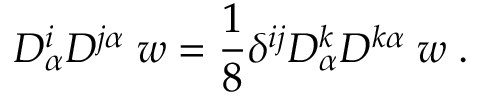
D _ { \alpha } ^ { i } D ^ { j \alpha } \; w = { \frac { 1 } { 8 } } \delta ^ { i j } D _ { \alpha } ^ { k } D ^ { k \alpha } \; w \; .